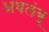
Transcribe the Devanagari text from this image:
अवलंबू